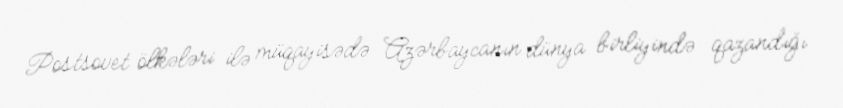
Postsovet ölkələri ilə müqayisədə Azərbaycanın dünya birliyində qazandığı